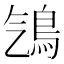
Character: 𩾻